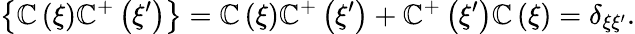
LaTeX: \left\{ \mathbb{C}\left(\xi\right)\mathbb{C}^{+}\left(\xi^{\prime}\right)\right\} =\mathbb{C}\left(\xi\right)\mathbb{C}^{+}\left(\xi^{\prime}\right)+\mathbb{C}^{+}\left(\xi^{\prime}\right)\mathbb{C}\left(\xi\right)=\delta_{\xi\xi^{\prime}}.